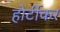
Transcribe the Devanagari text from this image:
होर्टीकर